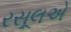
રસૂલએ